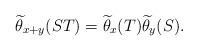
LaTeX: \begin{align*}\widetilde{\theta}_{x+y}(ST)=\widetilde{\theta}_{x}(T)\widetilde{\theta}_{y}(S).\end{align*}